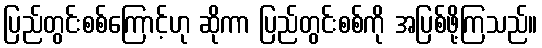
ပြည်တွင်းစစ်ကြောင့်ဟု ဆိုကာ ပြည်တွင်းစစ်ကို အပြစ်ဖို့ကြသည်။